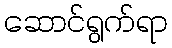
ဆောင်ရွက်ရာ